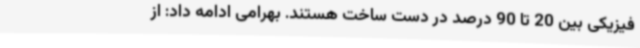
فیزیکی بین 20 تا 90 درصد در دست ساخت هستند. بهرامی ادامه داد: از